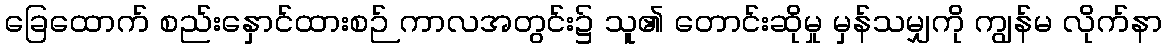
ခြေထောက် စည်းနှောင်ထားစဉ် ကာလအတွင်း၌ သူ၏ တောင်းဆိုမှု မှန်သမျှကို ကျွန်မ လိုက်နာ